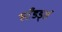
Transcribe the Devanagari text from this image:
स्टँडर्ड्स